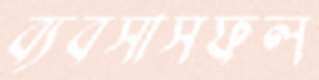
ব্যবসাসফল